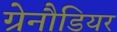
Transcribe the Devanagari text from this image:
ग्रेनौडियर